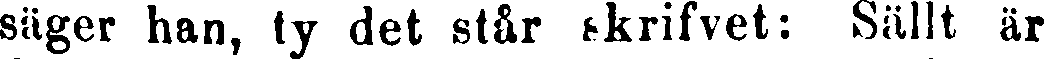
säger han, ty det står skrifvet: Sällt är